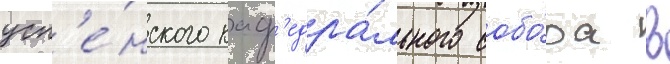
усп'е́нского каф'едра́льного собо́ра в